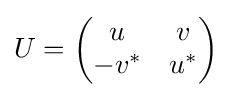
U={\begin{pmatrix}u&v\\-v^{*}&u^{*}\end{pmatrix}}